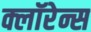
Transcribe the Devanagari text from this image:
क्लॉरेन्स